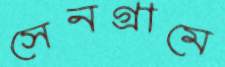
সেনগ্রামে